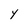
Character: Y